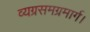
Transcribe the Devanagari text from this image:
व्यग्रसमग्रमार्ग।